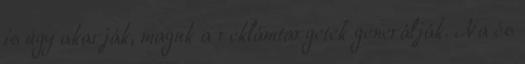
is úgy akarják, maguk a reklámtargetek generálják. Na és